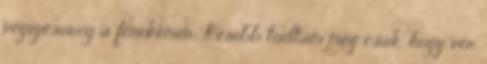
végigcsorog a fenekemen. Késóbb tudtam meg csak, hogy vér